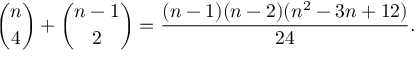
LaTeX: { \binom { n } { 4 } } + { \binom { n - 1 } { 2 } } = { \frac { ( n - 1 ) ( n - 2 ) ( n ^ { 2 } - 3 n + 1 2 ) } { 2 4 } } .